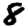
Digit: 8